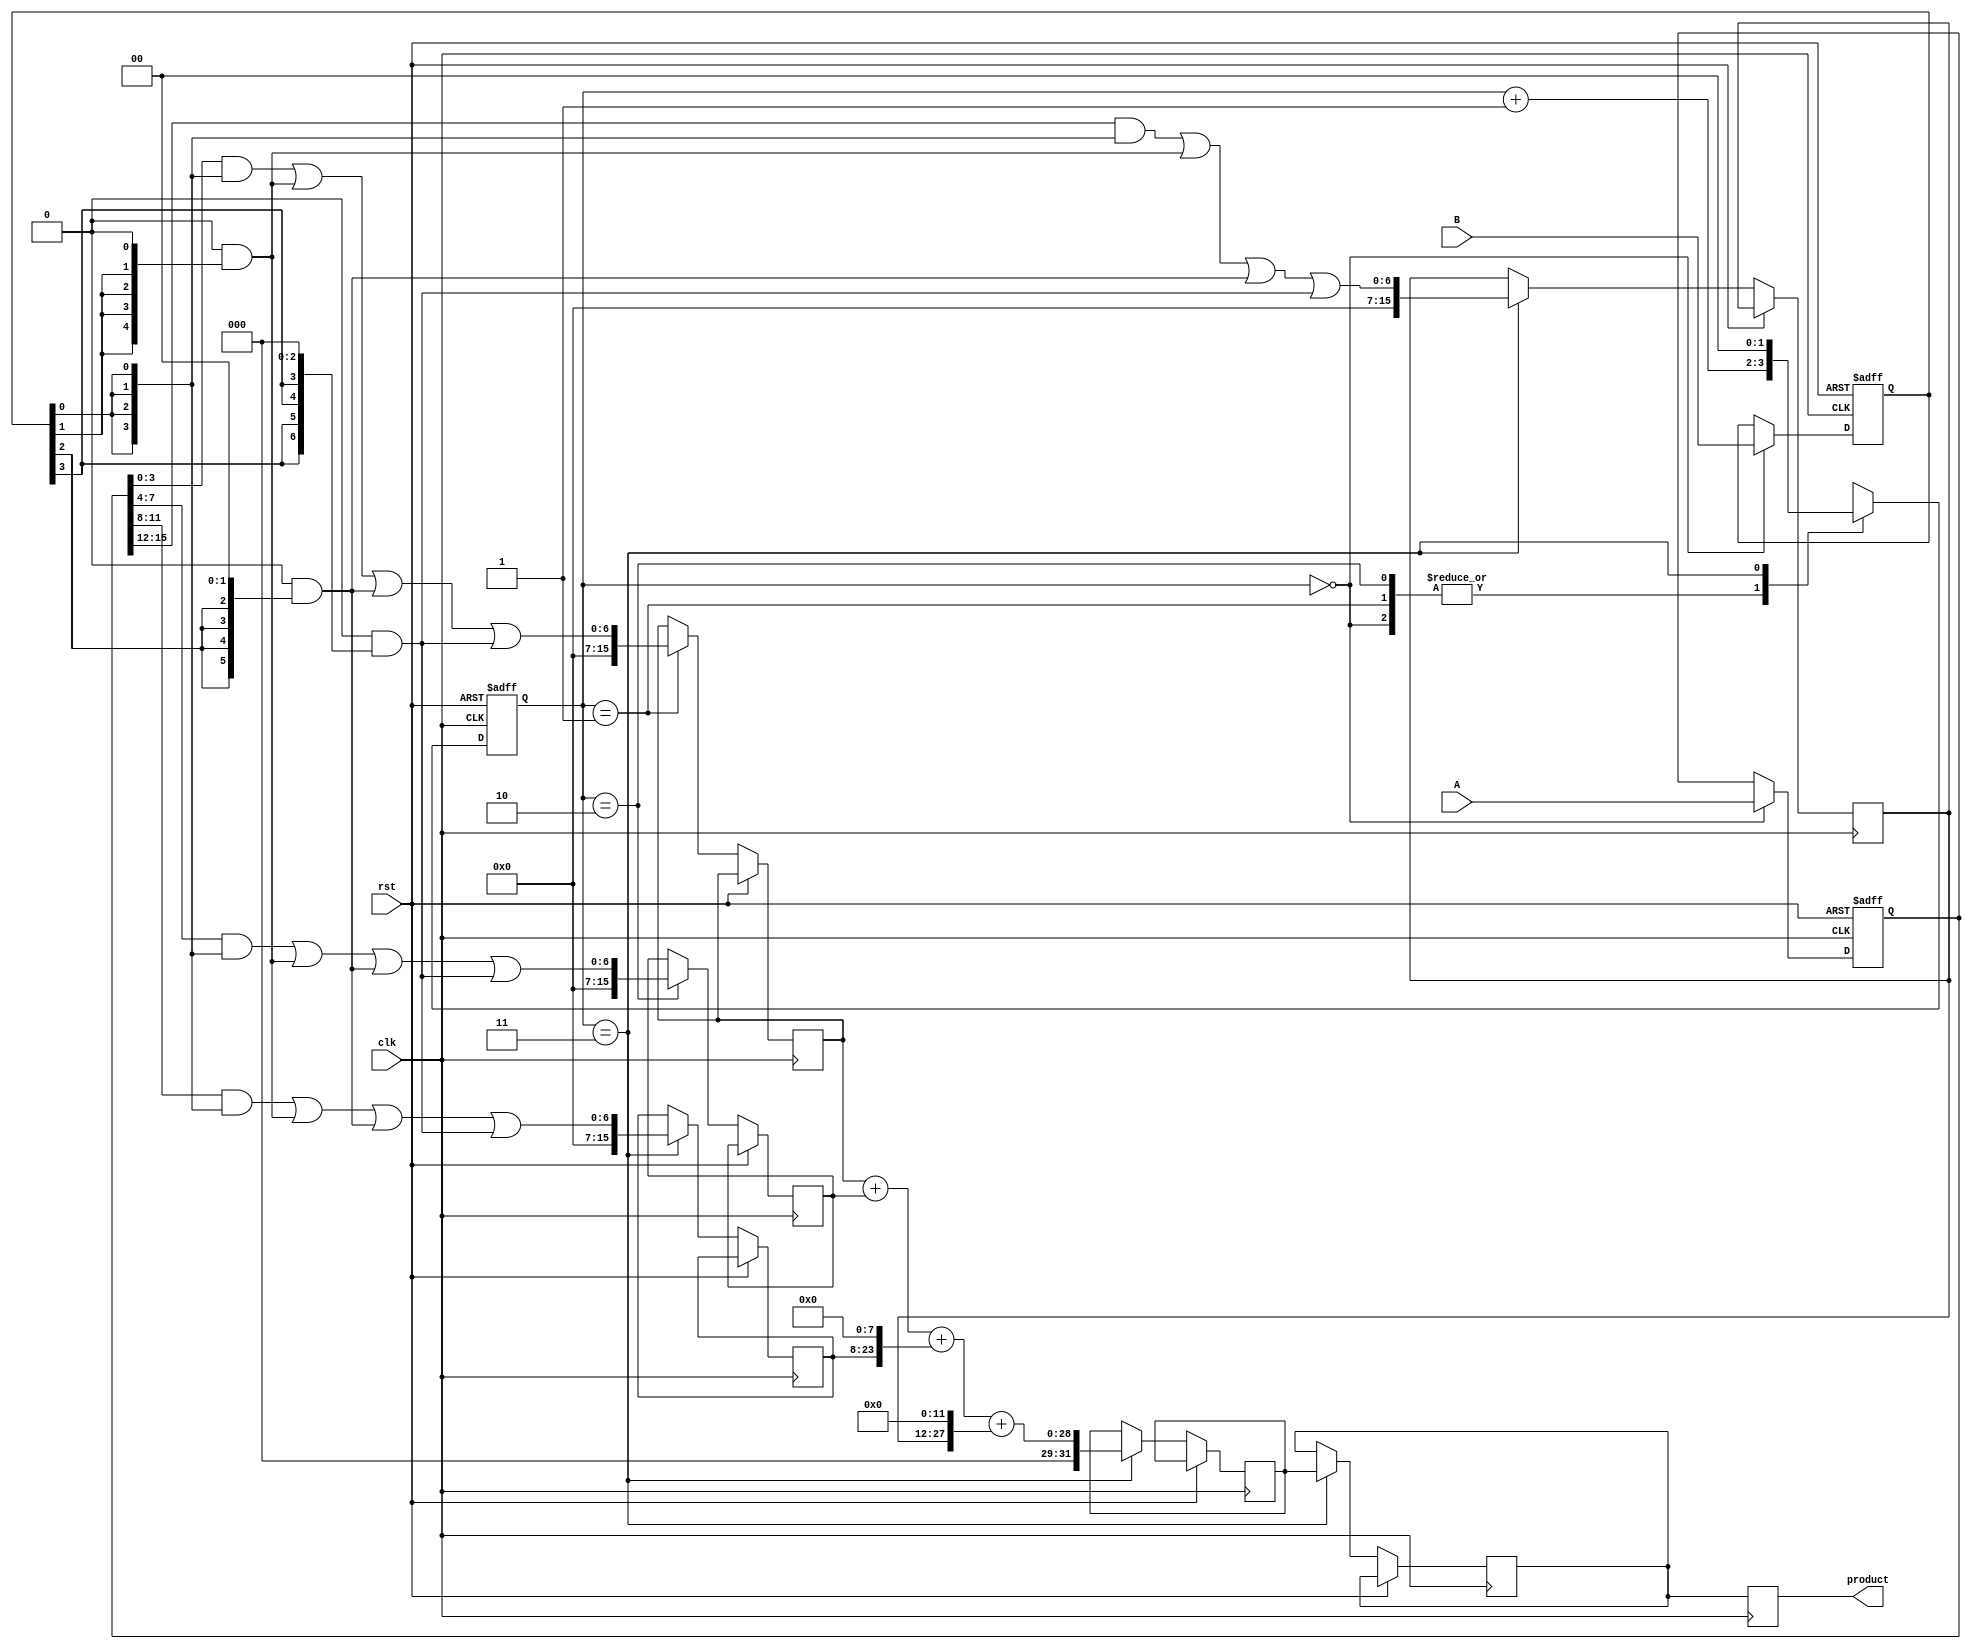
module pipelined_sliced_multiplier (
    input wire clk,
    input wire rst,
    input wire [15:0] A,  // First operand
    input wire [15:0] B,  // Second operand
    output reg [31:0] product // Output product
);

    // Intermediate signals
    reg [15:0] A_reg, B_reg;  // Input registers
    reg [15:0] partial_products[3:0]; // Partial products for slices
    reg [31:0] sum; // Sum of partial products
    reg [31:0] final_sum; // Final product storage
    
    // Control signals
    reg [1:0] stage; // For pipelining stages

    // Parameters for slice size
    localparam SLICE_SIZE = 4;
    localparam NUM_SLICES = 4;

    // Generate partial products for each slice
    always @(posedge clk or posedge rst) begin
        if (rst) begin
            A_reg <= 16'b0;
            B_reg <= 16'b0;
            stage <= 2'b00;
        end else begin
            // Pipeline stages
            case (stage)
                2'b00: begin
                    // Latch inputs
                    A_reg <= A;
                    B_reg <= B;
                    // Move to the next stage
                    stage <= stage + 1;
                end
                2'b01: begin
                    // Generate partial products for slice 0
                    partial_products[0] <= (A_reg[3:0] & {4{B_reg[0]}}) |
                                           ({4'b0} & {4{B_reg[1]}} << 1) |
                                           ({4'b0} & {4{B_reg[2]}} << 2) |
                                           ({4'b0} & {4{B_reg[3]}} << 3);
                    // Move to the next stage
                    stage <= stage + 1;
                end
                2'b10: begin
                    // Generate partial products for slice 1
                    partial_products[1] <= (A_reg[7:4] & {4{B_reg[0]}}) |
                                           ({4'b0} & {4{B_reg[1]}} << 1) |
                                           ({4'b0} & {4{B_reg[2]}} << 2) |
                                           ({4'b0} & {4{B_reg[3]}} << 3);
                    // Move to the next stage
                    stage <= stage + 1;
                end
                2'b11: begin
                    // Generate partial products for slice 2 and 3
                    partial_products[2] <= (A_reg[11:8] & {4{B_reg[0]}}) |
                                           ({4'b0} & {4{B_reg[1]}} << 1) |
                                           ({4'b0} & {4{B_reg[2]}} << 2) |
                                           ({4'b0} & {4{B_reg[3]}} << 3);
                    partial_products[3] <= (A_reg[15:12] & {4{B_reg[0]}}) |
                                           ({4'b0} & {4{B_reg[1]}} << 1) |
                                           ({4'b0} & {4{B_reg[2]}} << 2) |
                                           ({4'b0} & {4{B_reg[3]}} << 3);
                    // Sum partial products
                    sum <= partial_products[0] + partial_products[1] + 
                            (partial_products[2] << 8) + 
                            (partial_products[3] << 12);
                    // Output final product
                    final_sum <= sum;
                    // Move to the next stage
                    stage <= 2'b00; // Reset to start new multiplication
                end
            endcase
        end
    end

    // Store the final product
    always @(posedge clk) begin
        product <= final_sum;
    end

endmodule